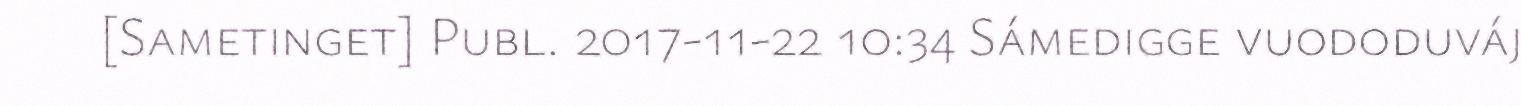
[Sametinget] Publ. 2017-11-22 10:34 Sámedigge vuododuváj